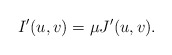
\begin{align*}I'(u,v)=\mu J'(u,v).\end{align*}